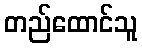
တည်ထောင်သူ